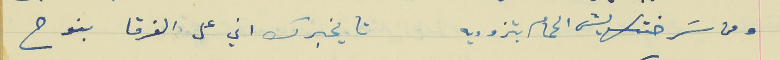
ومن سَرختكت ليش الحمام بتزوديه                       تا يخبرك اني على الفرقا بنوح